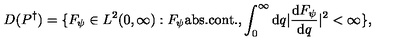
D ( P ^ { \dagger } ) = \{ F _ { \psi } \in L ^ { 2 } ( 0 , \infty ) : F _ { \psi } \mathrm { a b s . } \mathrm { c o n t . } , \int _ { 0 } ^ { \infty } \mathrm { d } q | { \frac { \mathrm { d } F _ { \psi } } { \mathrm { d } q } } | ^ { 2 } < \infty \} ,